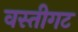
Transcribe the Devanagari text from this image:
वस्तीगट